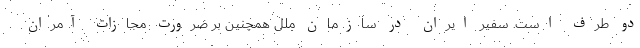
دو طرف است. سفیر ایران در سازمان ملل همچنین بر ضرورت مجازات آمران